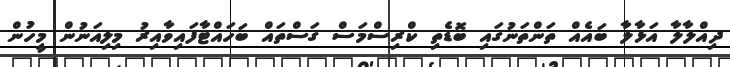
ދިއްލާލާ އަޅާލާ ބައެއް ތަންތަނުގައި ބޮޑެތި ކްރިސްމަސް ގަސްތައް ބަހައްޓާފައިވާއިރު މިލިއަނުން މީހުން